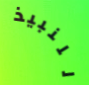
للنبيذ